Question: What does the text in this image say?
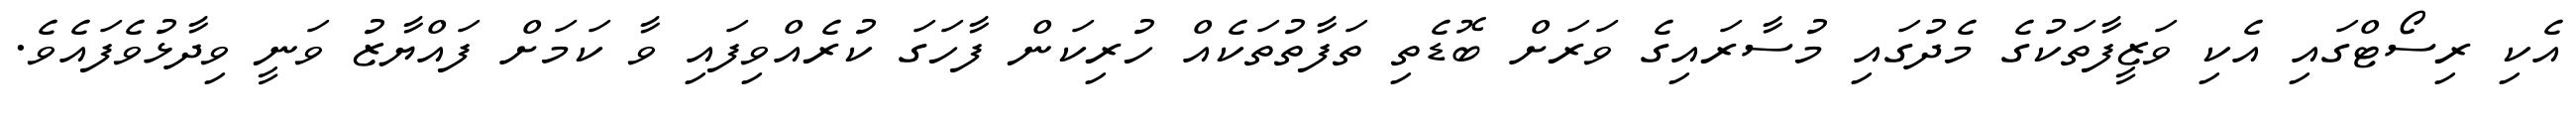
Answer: އެކި ރިސޯޓްގައި އެކި ވަޒީފާތަކުގެ މެދުގައި މުސާރައިގެ ވަރަށް ބޮޑެތި ތަފާތުތަކެއް ހުރިކަން ފާހަގަ ކުރެއްވިފައި ވާ ކަމަށް ފައްޔާޒު ވަނީ ވިދާޅުވެފައެވެ.